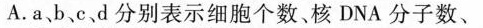
A.a、b、c、d分别表示细胞个数。核DNA分子数、